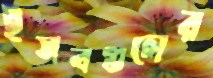
ইসবগুলের